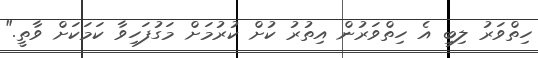
ހިތްވަރު ލިބި އެ ހިތްވަރުން އިތުރު ކުށް ކުރުމަށް މަގުފަހިވާ ކަމަކަށް ވާތީ."